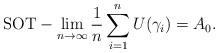
LaTeX: \begin{align*} \mathrm{SOT}-\lim_{n \to \infty} \frac{1}{n}\sum_{i=1}^n U(\gamma_i) = A_0.\end{align*}